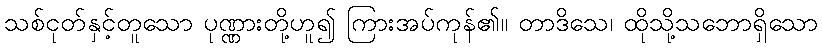
သစ်ငုတ်နှင့်တူသော ပုဏ္ဏားတို့ဟူ၍ ကြားအပ်ကုန်၏။ တာဒိသေ၊ ထိုသို့သဘောရှိသော